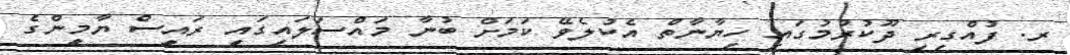
ރ. ފުއްގިރި ދޫކުރުމުގައި ހިޔާނާތް އެކުލެވޭ ކަމަށް ބުނާ މައްސަލައިގައި ރައީސް ޔާމީންގެ